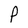
Character: p